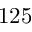
1 2 5